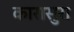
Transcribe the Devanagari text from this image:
कारासुरा